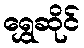
ရွှေဆိုင်